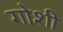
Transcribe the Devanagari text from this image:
गोशी